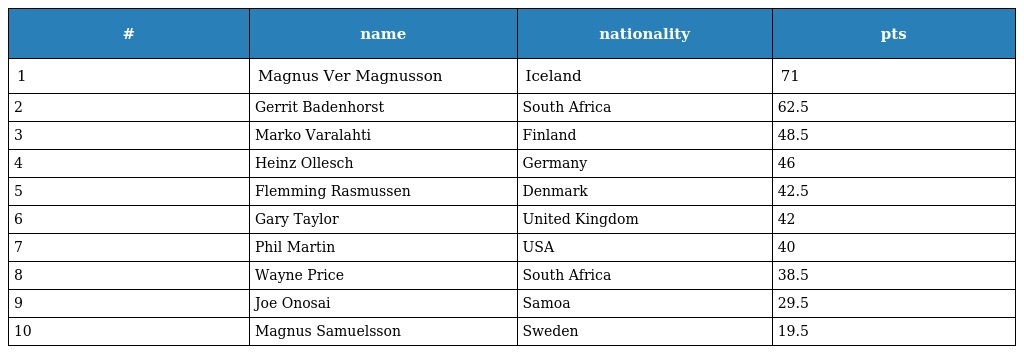
| # | name | nationality | pts |
 | --- | --- | --- | --- |
 | 1 | Magnus Ver Magnusson | Iceland | 71 |
 | 2 | Gerrit Badenhorst | South Africa | 62.5 |
 | 3 | Marko Varalahti | Finland | 48.5 |
 | 4 | Heinz Ollesch | Germany | 46 |
 | 5 | Flemming Rasmussen | Denmark | 42.5 |
 | 6 | Gary Taylor | United Kingdom | 42 |
 | 7 | Phil Martin | USA | 40 |
 | 8 | Wayne Price | South Africa | 38.5 |
 | 9 | Joe Onosai | Samoa | 29.5 |
 | 10 | Magnus Samuelsson | Sweden | 19.5 |